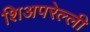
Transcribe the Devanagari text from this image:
शिअपरेल्ली